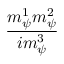
\frac { m _ { \psi } ^ { 1 } m _ { \psi } ^ { 2 } } { i m _ { \psi } ^ { 3 } }